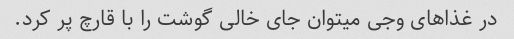
در غذاهای وجی میتوان جای خالی گوشت را با قارچ پر کرد.